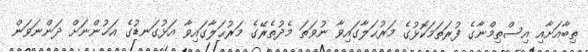
ތިބާއަށާއި އިސްތިމްނާގެ ފުރަތަމަކޮޅުގެ މަރުޙަލާގައިވާ ނުވަތަ މެދުތެރޭގެ މަރުޙަލާގައިވާ އަޅުގަނޑުގެ އަޚުންނަށް ދަންނަވަން